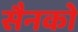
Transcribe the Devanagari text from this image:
सैनको